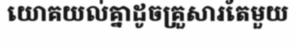
យោគយល់គ្នាដូចគ្រួសារតែមួយ